Vaccination United Provinces of Agra and Oudh 1902-1913 - 1902-1913
Year: 1902
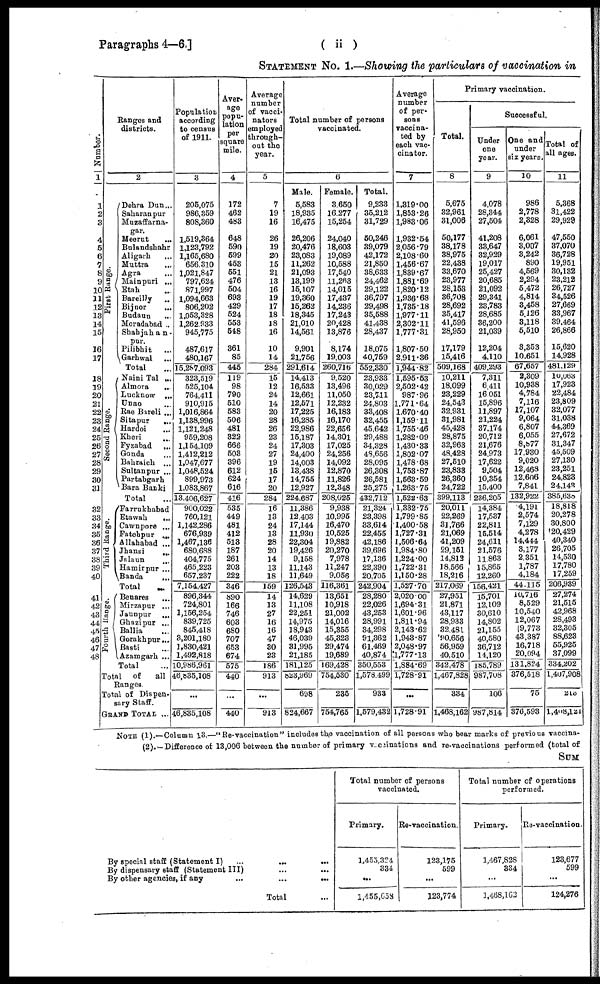
Paragraphs 4—6.]
( ii)
STATEMENT No. 1.—Showing the particulars of vaccination in
Number.
1
1
2
3
4
5
6
7
8
9
10
11
12
13
14
15
16
17
18
19
20
21
22
23
24
25
26
27
28
29
30
31
32
33
34
35
36
37
38
39
40
41
42
43
44
45
46
47
48
Ranges and
districts.
2
First Range.
Second Range.
Third Range.
Fourth Range.
Dehra Dun...
Saharanpur
Muzaffarna¬
gar.
Meerut ...
Bulandshahr
Áligarh ...
Muttra ...
Agra ...
Mainpuri ...
Etah ...
Bareilly ...
Bijnor
...
Budaun ...
Moradabad ...
Shahjahan¬
pur.
Pilibhit ...
Garhwal ...
Total ...
Naini Tal ...
Almora
...
Lucknow ...
Unao ...
Rae Bareli ...
Sitapur
...
Hardoi ...
Kheri ...
Fyzabad ...
Gonda ...
Bahraich ...
Sultanpur ...
Partabgarh
Bara Banki
Total ...
Farrukhabad
Etawah
...
Cawnpore ...
Fatehpur ...
Allahabad ...
Jhansi
...
Jalaun ...
Hamirpur ...
Banda
...
Total
...
Benares ...
Mirzapur ...
Jaunpur
...
Ghazipur ...
Ballia ...
Gorakhpur...
Basti ...
Azamgarh ...
Total ...
Total of
all
Ranges.
Total of Dispen-
sary Staff.
GRAND TOTAL ...
Population
according
to census
of 1911.
3
205,075
986,359
808,360
1,519,364
1,123,792
1,165,680
656,310
1,021,847
797,624
871,997
1,094,663
806,202
1,053,328
1,262,933
945,775
487,617
480,167
15,287,093
323,519
525,104
764,411
910,915
1,016,864
1,138,996
1,121,248
959,208
1,154,109
1,412,212
1,047,677
1,048,524
899,973
1,083,867
13,406,627
900,022
760,121
1,142,286
676,939
1,467,136
680,688
404,775
465,223
657,237
7,154,427
896,344
724,801
1,156,254
839,725
845,418
3,201,180
1,830,421
1,492,818
10,986,961
46,835,108
...
46,835,108
Aver-
age
popu-
lation
per
square
mile.
4
172
462
483
648
590
599
453
551
476
504
693
429
524
553
548
361
85
445
119
98
790
510
583
506
481
322
666
503
396
612
624
616
416
535
449
481
412
513
187
261
203
222
346
890
166
746
603
680
707
653
674
575
440
...
440
Average
number
of vacci¬
nators
employee
through-
out the
year.
5
7
19
16
26
19
20
15
21
13
16
19
17
18
18
16
10
14
284
15
12
24
14
20
28
26
23
24
27
19
15
17
20
284
16
13
24
13
28
20
14
13
18
159
14
13
27
16
16
47
30
23
186
913
...
913
Total number of persons
vaccinated.
6
Male.
5,583
18,935
16,475
26,206
20,476
23,083
11,262
21,093
13,199
15,107
19,360
15,262
18,345
21,010
14,561
9,901
21,756
291,614
14,413
16,533
12,661
12,571
17,225
16,285
22,986
15,187
17,303
24,400
14,003
13,438
14,755
12,927
224,687
11,386
12,403
17,144
11,930
22,304
19,426
9,158
11,143
11,649
126,543
14,629
11,108
22,251
14,975
18,913
46,039
31,995
21,185
181,125
823,969
698
824,667
Female.
3,650
16,277
15,254
24,040
18,603
19,089
10,588
17,540
11,263
14,016
17,437
14,236
17,243
20,428
13,876
8,174
19,003
260,716
9,520
13,496
11,050
12,232
16,183
16,170
22,656
14,301
17,025
24,256
14,092
12,870
11,826
12,348
208,025
9,938
10,995
16,470
10,525
19,882
20,270
7,978
11,247
9,056
116,361
13,651
10,918
21,002
14,016
15,355
45,323
29,474
19,689
169,428
754,530
235
754,765
Total.
9,233
35,212
31,729
50,246
39,079
42,172
21,850
38,633
24,462
29,122
36,797
29,498
35,588
41,438
28,437
18,075
40,769
552,330
23,933
30,029
23,711
24,803
33,408
32,455
45,642
29,488
34,328
48,656
28,095
26,308
26,581
25,275
432,712
21,324
23,398
33,614
22,455
42,186
39,696
17,136
22,390
20,705
242,904
28,280
22,026
43,253
28,991
34,298
91,362
61,469
40,874
350,553
1,578.499
933
1,579,432
Average
number
of per-
sons
vaccina-
ted by
each vac¬
cinator.
7
1,319.00
1,853.26
1,983.06
1,932.54
2,056.79
2,108.60
1,456.67
1,839.67
1,881.69
1,820.12
1,936.68
1,735.18
1,977.11
2,302.11
1,777.31
1,807.50
2,911.36
1,944.82
1,595.63
2,502.42
987.96
1,771.64
1,670.40
1,159.11
1,755.46
1,282.09
1,430.33
1,802.07
1,478.68
1,753.87
1,563.59
1,263.75
1,522.63
1,332.75
1,799.85
1,400.58
1,727.31
1,506.64
1,984.80
1,224.00
1,722.31
1,150.28
1,527.70
2,020.00
1,694.31
1,601.96
1,811.94
2,143.62
1,943.87
2,048.97
1,777.13
1,884.69
1,728.91
...
1,728.91
Primary vaccination.
Total.
8
5,675
32,961
31,006
50,177
38,178
38,975
22,438
33,670
23,977
28,153
36,708
28,692
35,417
41,596
28,950
17,179
15,416
509,168
10,211
18,099
23,229
24,543
32,931
31,981
45,428
28,875
32,963
48,428
27,510
23,833
26,360
24,722
399,113
20,011
22,269
31,766
21,069
41,209
29,151
14,812
18,566
18,216
217,069
27,951
21,871
43,117
28,933
32,481
90,656
56,959
40,510
342,478
1,467,828
334
1,468,162
Successful.
Under
one
year.
9
4,078
28,344
27,504
41,208
33,647
32,929
19,017
25,427
20,685
21,092
29,341
23,783
28,685
36,200
21,039
12,204
4,110
409,293
7,311
6,411
16,051
15,896
11,897
21,224
37,174
20,712
21,676
24,973
17,622
9,504
10,354
15,400
236,205
14,384
17,537
22,811
15,514
24,611
21,576
11,863
15,865
12,260
156,421
15,701
12,109
30,610
14,802
21,155
40,580
36,712
14,120
185,789
987,708
106
987,814
One and
under
six years
10
986
2,778
2,328
6,061
3,007
3,242
890
4,569
2,294
5,472
4,814
3,458
5,126
3,118
5,510
3,353
10,651
67,657
2,309
10,938
4,784
7,116
17,107
9,064
6,807
6,055
8,877
17,930
9,020
12,468
12,606
7,841
132,922
4,191
2,574
7,129
4,278
14,444
3,177
2,351
1,787
4,184
44,115
10,716
8,529
10,540
12,067
9,773
43,387
16,718
20,094
131,824
376,518
75
376,593
Total of
all ages.
11
5,368
31,422
29,929
47,550
37,070
36,728
19,951
30,132
23,212
26,727
34,526
27,669
33,967
39,464
26,866
15,620
14,928
481,129
10,063
17,923
22,484
23,809
32,077
31,038
44,369
27,672
31,347
45,509
27,130
23,251
24,823
24,143
385,638
18,818
20,278
30,800
20,429
40,340
26,705
14,530
17,780
17,259
206,939
27,274
21,515
42,968
28,493
32,305
88,623
55,925
37,099
334,202
1,407,908
213
1,408,121
NOTE (1).—Column 13.—"Re-vaccination" includes the vaccination of all persons who bear marks of previous vaccina¬
(2). — Difference of 13,006 between the number of primary vaccinations and re-vaccinations performed (total of
SUM
By special staff (Statement I)
...
...
...
By dispensary staff (Statement III) ... ...
By other agencies, if any
...
...
...
Total ...
Total number of persons
vaccinated.
Primary.
1,455,324
334
...
1,455,058
Re-vaccination.
123,175
599
...
123,774
Total number of operations
performed.
Primary.
1,467,828
334
...
1,468,162
Re-vaccination.
123,677
599
...
124,276